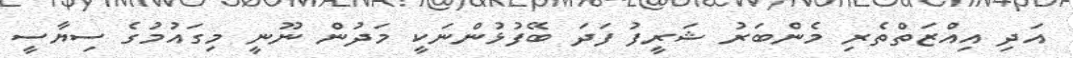
އަދި އިއްޒަތްތެރި މެންބަރު ޝަރީފު ފަދަ ބޭފުޅުންނަކީ މަދުން ނޫނީ މިގައުމުގެ ސިޔާސީ